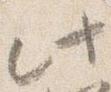
此